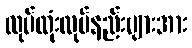
လုပ်ထုံးလုပ်နည်းများအား